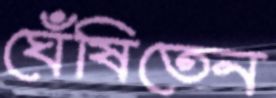
ঘেঁষিতেন